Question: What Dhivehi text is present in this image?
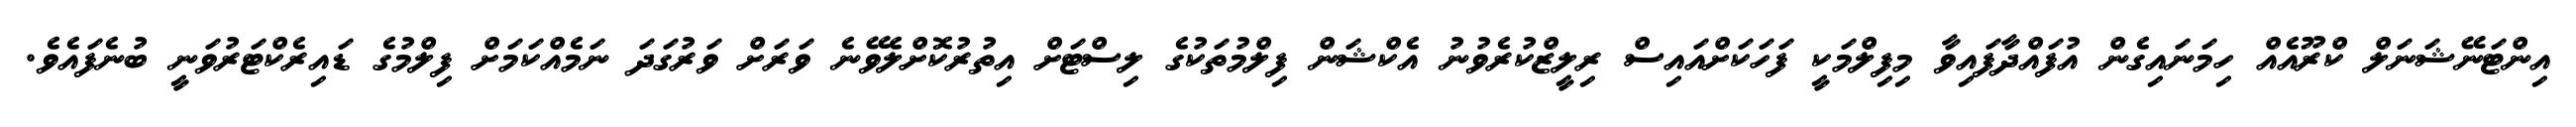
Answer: އިންޓަނޭޝަނަލް ކްރޫއެއް ހިމަނައިގެން އުފައްދާފައިވާ މިފިލްމަކީ ފަހަކަށްއައިސް ރިލީޒްކުރެވުނު އެކްޝަން ފިލްމުތަކުގެ ލިސްޓަށް އިތުރުކޮށްލެވޭނެ ވަރަށް ވަރުގަދަ ނަމެއްކަމަށް ފިލްމުގެ ޑައިރެކްޓަރުވަނީ ބުނެފައެވެ.